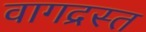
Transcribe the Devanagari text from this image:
वागद्रस्त